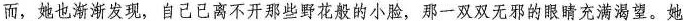
而，她也渐渐发现，自己已离不开那些野花般的小脸，那一双双无邪的眼睛充满渴望。她